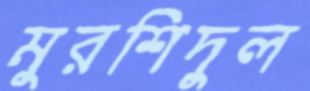
মুরশিদুল